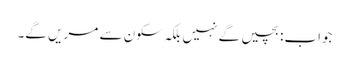
جواب:بچیں گے نہیں بلکہ سکون سے مریں گے۔